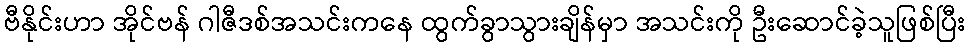
ဗီနိုင်းဟာ အိုင်ဗန် ဂါဇီဒစ်အသင်းကနေ ထွက်ခွာသွားချိန်မှာ အသင်းကို ဦးဆောင်ခဲ့သူဖြစ်ပြီး